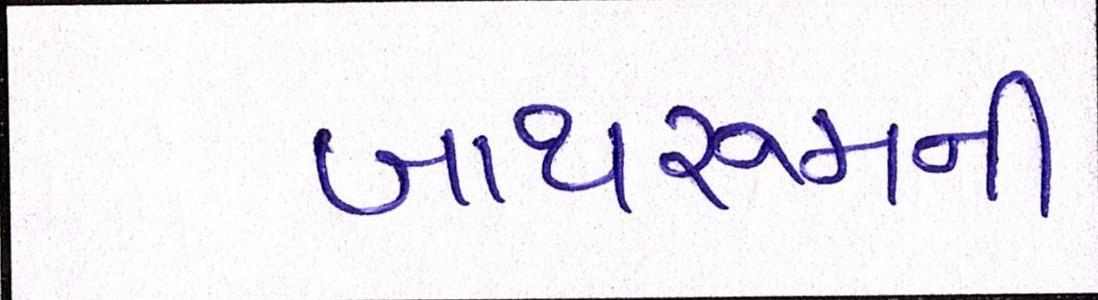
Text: બાથરૂમની